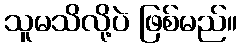
သူမသိလို့ပဲ ဖြစ်မည်။